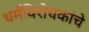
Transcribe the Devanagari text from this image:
धर्मविरोधकांचे